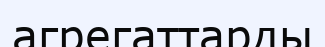
агрегаттарды